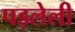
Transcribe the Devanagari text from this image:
पड़लेली